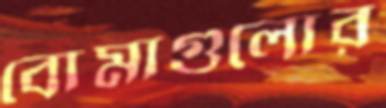
বোমাগুলোর